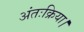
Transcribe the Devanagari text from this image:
अंतःक्रिया।